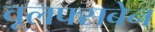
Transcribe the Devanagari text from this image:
वूलफ्सबेन